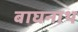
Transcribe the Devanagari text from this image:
बाघनाथ